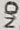
Text: N/O